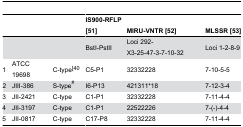
|  |  |  | IS900-RFLP [51] | MIRU-VNTR [52] | MLSSR [53] |
 | --- | --- | --- | --- | --- | --- |
 |  |  |  | BstI-PstII | Loci 292-X3-25-47-3-7-10-32 | Loci 1-2-8-9 |
 | 1 | ATCC 19698 | C-type[40 | C5-P1 | 32332228 | 7-10-5-5 |
 | 2 | JIII-386 | S-type# | I6-P13 | 421311*18 | 7-12-3-4 |
 | 3 | JII-2421 | C-type | C1-P1 | 32332228 | 7-11-4-4 |
 | 4 | JII-3197 | C-type | C1-P1 | 22522226 | 7-(-)-4-4 |
 | 5 | JII-0817 | C-type | C17-P8 | 32332228 | 7-11-4-4 |